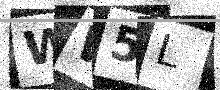
Text: WW5L